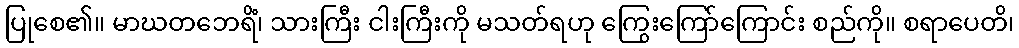
ပြုစေ၏။ မာဃတဘေရိံ၊ သားကြီး ငါးကြီးကို မသတ်ရဟု ကြွေးကြော်ကြောင်း စည်ကို။ စရာပေတိ၊